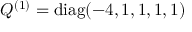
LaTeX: Q ^ { ( 1 ) } = \mathrm { d i a g } ( - 4 , 1 , 1 , 1 , 1 )